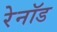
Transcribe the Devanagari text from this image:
रेनॉड